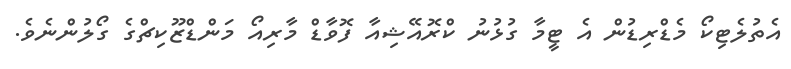
އެތުލެޓިކޯ މެޑްރިޑުން އެ ޓީމާ ގުޅުނު ކްރޮއޭޝިއާ ފޮވާޑް މާރިއޯ މަންޑްޒޫކިޗްގެ ގޯލުންނެވެ.